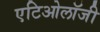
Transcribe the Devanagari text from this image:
एटिओलॉजी